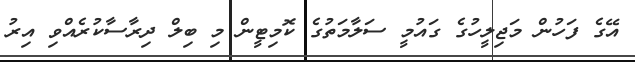
އޭގެ ފަހުން މަޖިލީހުގެ ގައުމީ ސަލާމަތުގެ ކޮމިޓީން މި ބިލް ދިރާސާކުރެއްވި އިރު